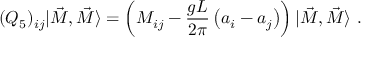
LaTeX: ( Q _ { 5 } ) _ { i j } | \vec { M } , \vec { M } \rangle = \left( M _ { i j } - \frac { g L } { 2 \pi } \left( a _ { i } - a _ { j } \right) \right) | \vec { M } , \vec { M } \rangle \ .